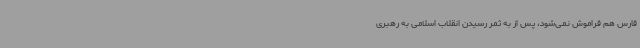
فارس هم فراموش نمی‌شود، پس از به ثمر رسیدن انقلاب اسلامی به رهبری